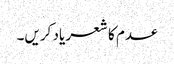
عدم کا شعر یاد کریں۔